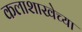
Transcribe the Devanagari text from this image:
कलाशाखेच्या